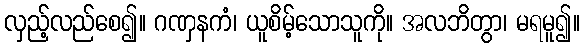
လှည့်လည်စေ၍။ ဂဏှနကံ၊ ယူစိမ့်သောသူကို။ အလဘိတွာ၊ မရမူ၍။